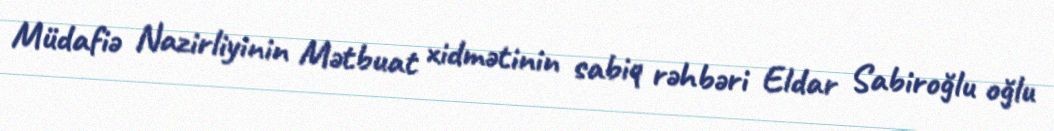
Müdafiə Nazirliyinin Mətbuat xidmətinin sabiq rəhbəri Eldar Sabiroğlu oğlu